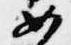
如